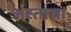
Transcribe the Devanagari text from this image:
अस्ताचा